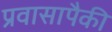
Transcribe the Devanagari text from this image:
प्रवासापैकी